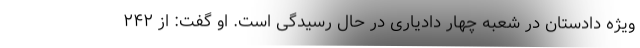
ویژه دادستان در شعبه چهار دادیاری در حال رسیدگی است. او گفت: از ۲۴۲